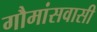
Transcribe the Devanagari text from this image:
गौमांसवासी